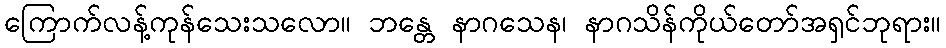
ကြောက်လန့်ကုန်သေးသလော။ ဘန္တေ နာဂသေန၊ နာဂသိန်ကိုယ်တော်အရှင်ဘုရား။